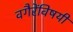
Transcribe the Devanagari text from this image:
वगैरेंविषयी